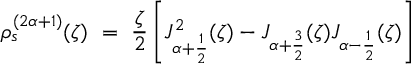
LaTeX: \rho _ { s } ^ { ( 2 \alpha + 1 ) } ( \zeta ) ~ = ~ \frac { \zeta } { 2 } \left[ J _ { \alpha + \frac { 1 } { 2 } } ^ { 2 } ( \zeta ) - J _ { \alpha + \frac { 3 } { 2 } } ( \zeta ) J _ { \alpha - \frac { 1 } { 2 } } ( \zeta ) \right]